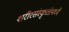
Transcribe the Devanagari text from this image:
शरीरसंस्कृतीमध्ये